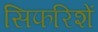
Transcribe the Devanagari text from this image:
सिफरिशें